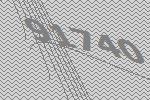
91740